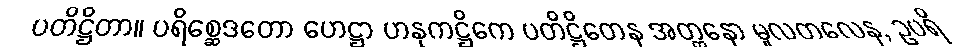
ပတိဋ္ဌိတာ။ ပရိစ္ဆေဒတော ဟေဋ္ဌာ ဟနုကဋ္ဌိကေ ပတိဋ္ဌိတေန အတ္တနော မူလတလေန, ဥပရိ